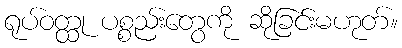
ရုပ်ဝတ္ထု ပစ္စည်းတွေကို ဆိုခြင်းမဟုတ်။